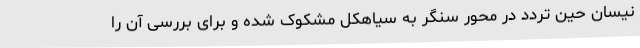
نیسان حین تردد در محور سنگر به سیاهکل مشکوک شده و برای بررسی آن را